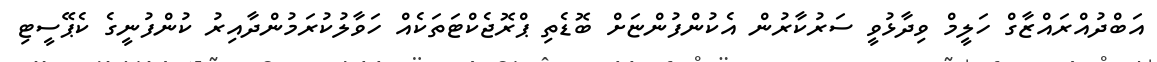
އަބްދުއްރައްޒާގް ހަލީމް ވިދާޅުވީ ސަރުކާރުން އެކުންފުންޏަށް ބޮޑެތި ޕްރޮޖެކްޓަތަކެއް ހަވާލުކުރަމުންދާއިރު ކުންފުނީގެ ކެޕޭސީޓި